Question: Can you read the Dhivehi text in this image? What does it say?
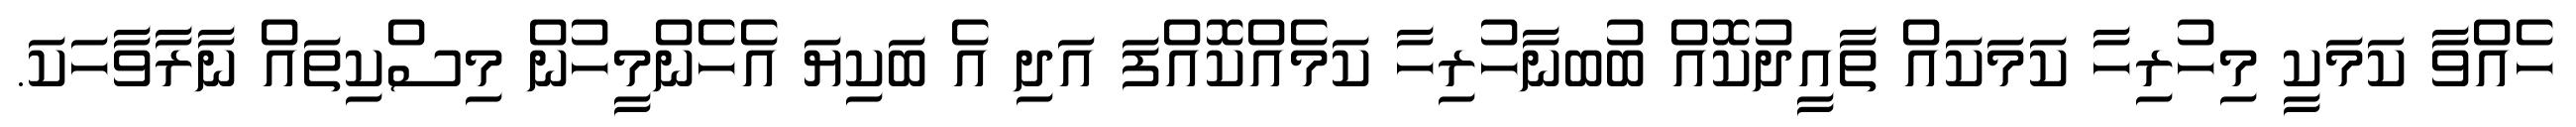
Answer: ހެއްވާ ކަމަކީ މިހުރިހާ ކަމަކައް ތާއީދުކޮއް ބުބނާހުރިހާ ކަމެއްކޮއްފަ އަދި އެ ބަކިޔަ އެހެންމީހުން މިސްކިތައް ނާރާވާހަކަ.